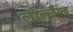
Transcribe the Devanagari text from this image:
लोल्लैण्ड